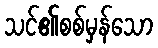
သင်၏စစ်မှန်သော